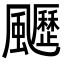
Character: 𩙖